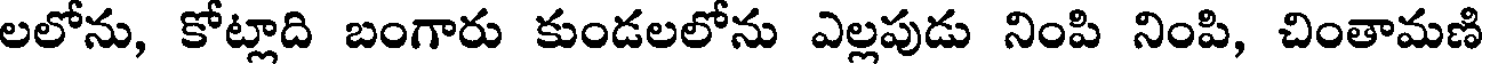
లలోను, కోట్లాది బంగారు కుండలలోను ఎల్లపుడు నింపి నింపి, చింతామణి